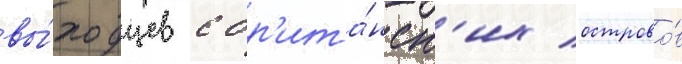
вы́ходцев с бр'ита́нск'их острово́в